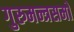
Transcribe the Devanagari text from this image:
गुरुमन्त्रसमो